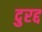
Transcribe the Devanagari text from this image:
दुरद्द